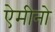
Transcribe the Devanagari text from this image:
ऐमीनो